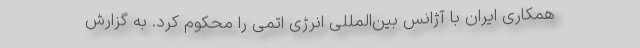
همکاری ایران با آژانس بین‌المللی انرژی اتمی را محکوم کرد. به گزارش